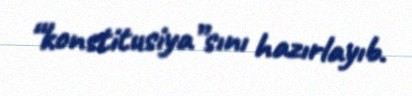
“konstitusiya”sını hazırlayıb.